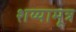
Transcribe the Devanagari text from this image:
शय्यामूत्र